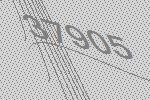
37905